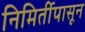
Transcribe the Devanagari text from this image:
निमिर्तीपासून